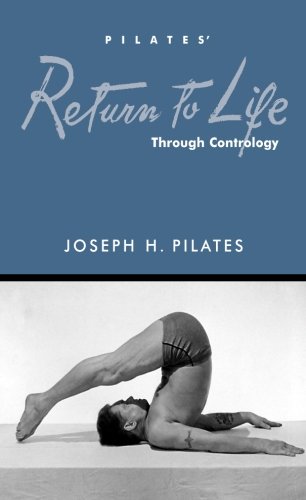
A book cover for Return to Life; Joseph H. Pilates; Health, Fitness & Dieting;